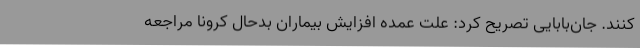
کنند. جان‌بابایی تصریح کرد: علت عمده افزایش بیماران بدحال کرونا مراجعه